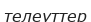
телеуттер